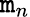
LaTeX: \mathtt{m}_{n}